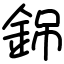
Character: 銱